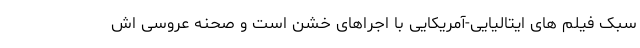
سبک فیلم های ایتالیایی-آمریکایی با اجراهای خشن است و صحنه عروسی اش